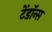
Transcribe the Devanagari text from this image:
टेंडॉन्स